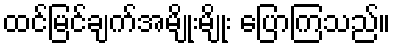
ထင်မြင်ချက်အမျိုးမျိုး ပြောကြသည်။